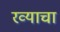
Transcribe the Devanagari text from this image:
रव्याचा